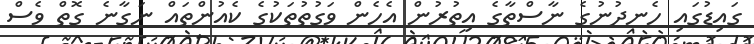
ގައިޑުގައި ހެނދުނުގެ ނާސްތާގެ އިތުރުން އެހެން ވަގުތުތަކުގެ ކެއުންތައް ނަގާނެ ގޮތް ވެސް